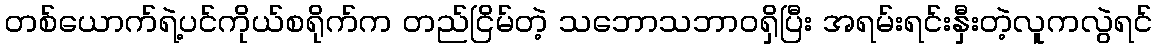
တစ်ယောက်ရဲ့ပင်ကိုယ်စရိုက်က တည်ငြိမ်တဲ့ သဘောသဘာဝရှိပြီး အရမ်းရင်းနှီးတဲ့လူကလွဲရင်